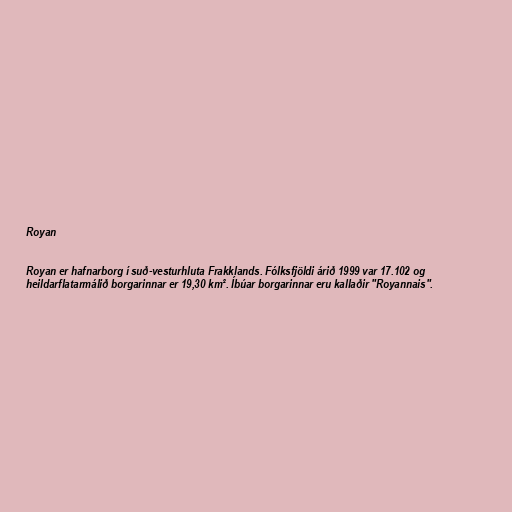
Royan

Royan er hafnarborg í suð-vesturhluta Frakklands. Fólksfjöldi árið 1999 var 17.102 og
heildarflatarmálið borgarinnar er 19,30 km². Íbúar borgarinnar eru kallaðir "Royannais".